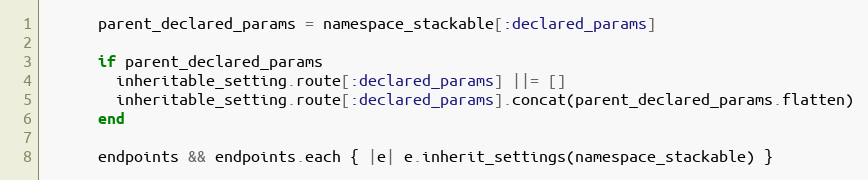
Language: Ruby
      parent_declared_params = namespace_stackable[:declared_params]

      if parent_declared_params
        inheritable_setting.route[:declared_params] ||= []
        inheritable_setting.route[:declared_params].concat(parent_declared_params.flatten)
      end

      endpoints && endpoints.each { |e| e.inherit_settings(namespace_stackable) }